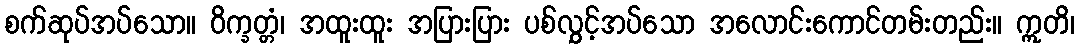
စက်ဆုပ်အပ်သော။ ဝိက္ခတ္တံ၊ အထူးထူး အပြားပြား ပစ်လွှင့်အပ်သော အလောင်းကောင်တမ်းတည်း။ ဣတိ၊